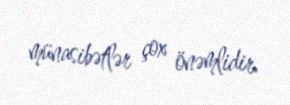
münasibətlər çox önəmlidir.